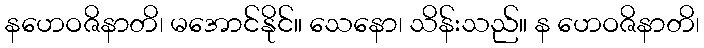
နဟေဝဇိနာတိ၊ မအောင်နိုင်။ သေနော၊ သိန်းသည်။ န ဟေဝဇိနာတိ၊